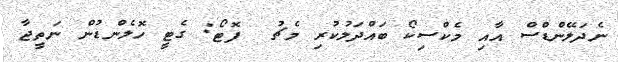
ނެދަލޭންޑްސް އާއި މެކްސިކޯ ބައްދަލުކުރި މެޗު  ފޮޓޯ: ގެޓީ ހޮލެންޑުން ނަތީޖާ